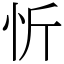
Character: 忻